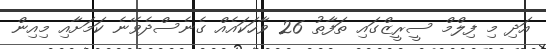
އަދި މި ފިލްމް ސީރީޒްގައި ތަފާތު 26 ވާހަކައެއް ގެނެސްދެވޭނެ ކަމަށާއި މިއިން